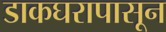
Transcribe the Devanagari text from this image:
डाकघरापासून